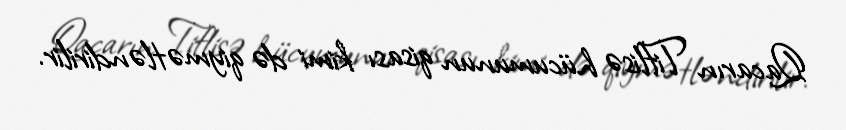
Qacarın Tiflisə hücumunun qisası kimi də qiymətləndirilir.